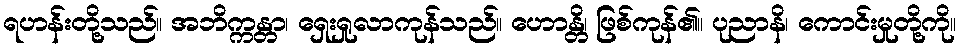
ရဟန်းတို့သည်။ အဘိက္ကန္တာ၊ ရှေးရှုလာကုန်သည်။ ဟောန္တိ၊ ဖြစ်ကုန်၏။ ပုညာနိ၊ ကောင်းမှုတို့ကို။